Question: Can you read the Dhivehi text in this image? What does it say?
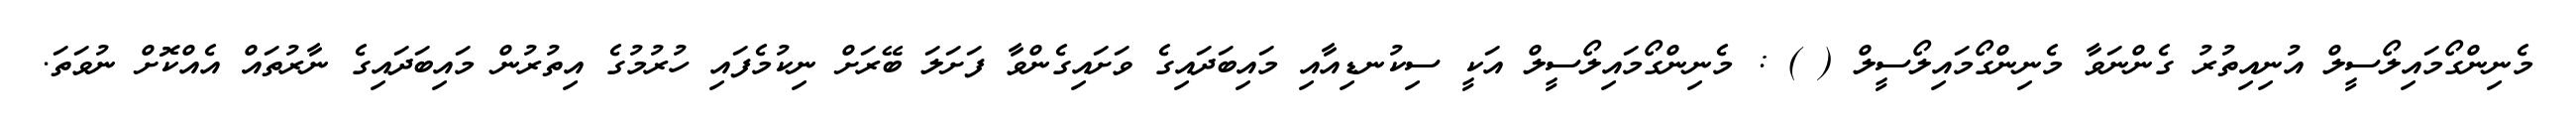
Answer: މެނިންގޯމައިލޯސީލް އުނިއިތުރު ގެންނަވާ މެނިންގޯމައިލޯސީލް ( ) : މެނިންގޯމައިލޯސީލް އަކީ ސިކުނޑިއާއި މައިބަދައިގެ ވަށައިގެންވާ ފަށަލަ ބޭރަށް ނިކުމެފައި ހުރުމުގެ އިތުރުން މައިބަދައިގެ ނާރުތައް އެއްކޮށް ނުވަތަ.